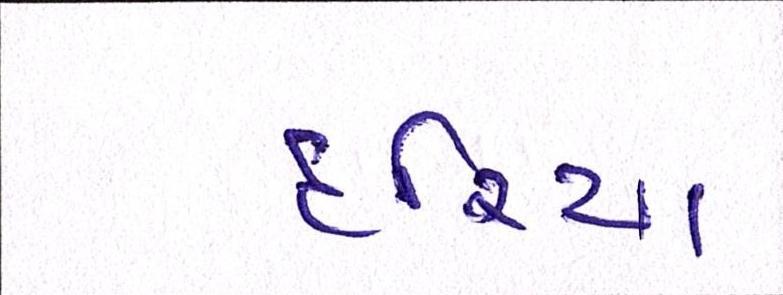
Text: દરિયા